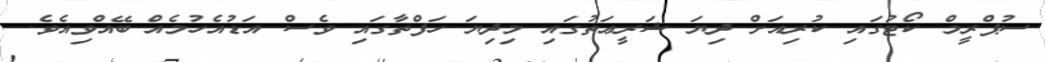
ސުޕްރީމް ކޯޓުގައި ކުރިއަށް ދިޔަ ޝަރީޢަތުގައި މިދިޔަ ހަފްތާގައި ވެސް އަޑުއެހުމެއް ބޭއްވިއެވެ.